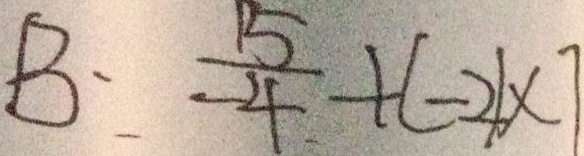
B : \frac { 1 5 } { - 4 } + ( - 2 ) \times 7